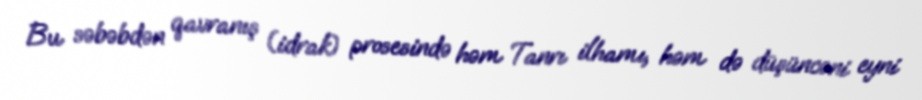
Bu səbəbdən qavranış (idrak) prosesində həm Tanrı ilhamı, həm də düşüncəni eyni